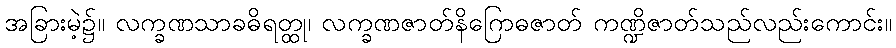
အခြားမဲ့၌။ လက္ခဏသာခဓိရတ္ထု၊ လက္ခဏဇာတ်နိဂြောဓဇာတ် ကဏ္ဍိဇာတ်သည်လည်းကောင်း။